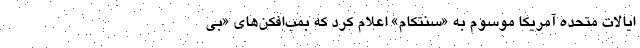
ایالات متحده آمریکا موسوم به «سنتکام» اعلام کرد که بمب‌افکن‌های «بی